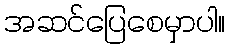
အဆင်ပြေစေမှာပါ။